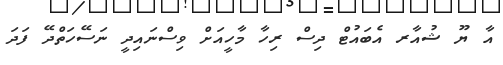
އާ ޔޫ ޝުއާރ އެބައުޓް ދިސް ރިހާ މާހީއަށް ވިސްނައިދީ ނަސޭހަތްދޭ ފަދަ